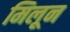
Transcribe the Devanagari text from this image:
मिलून